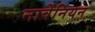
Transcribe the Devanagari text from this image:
नार्वेनियन